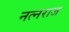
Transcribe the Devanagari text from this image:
नत्नराज